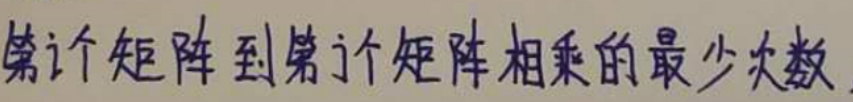
第 \( i \) 个矩阵到第 \( j \) 个矩阵相乘的最少次数